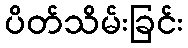
ပိတ်သိမ်းခြင်း